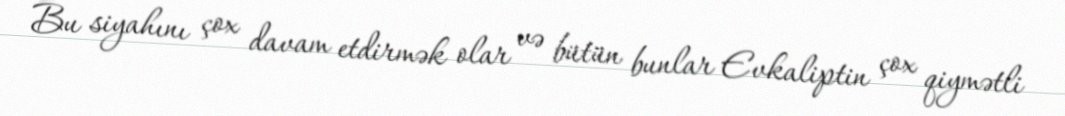
Bu siyahını çox davam etdirmək olar və bütün bunlar Evkaliptin çox qiymətli